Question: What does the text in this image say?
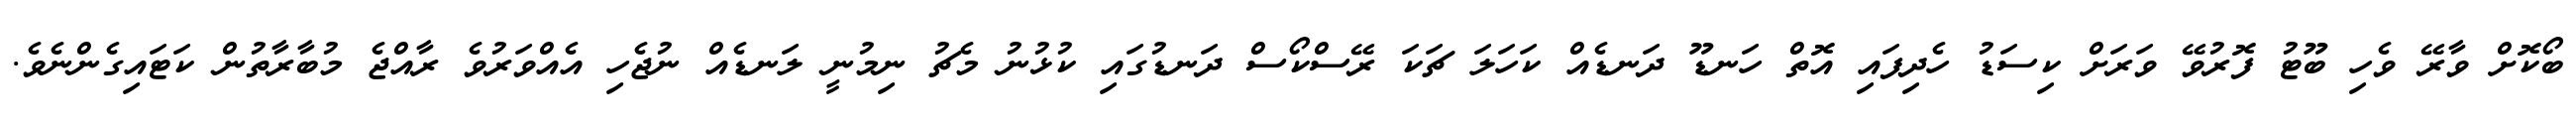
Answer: ބޯކޮށް ވާރޭ ވެހި ބޫޓު ފޮރުވޭ ވަރަށް ކިސަޑު ހެދިފައި އޮތް ހަނޑޫ ދަނޑެއް ކަހަލަ ޗަކަ ރޭސްކޯސް ދަނޑުގައި ކުޅުނު މެޗު ނިމުނީ ލަނޑެއް ނުޖެހި އެއްވަރުވެ ރާއްޖެ މުބާރާތުން ކަޓައިގެންނެވެ.